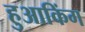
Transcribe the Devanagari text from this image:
हुआकिंग